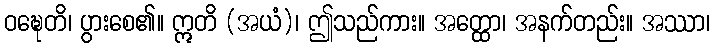
ဝဍ္ဎေတိ၊ ပွားစေ၏။ ဣတိ (အယံ)၊ ဤသည်ကား။ အတ္ထော၊ အနက်တည်း။ အဿာ၊